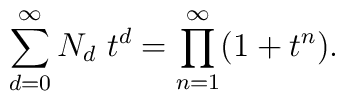
\sum_{d=0}^\infty N_d~t^d=\prod_{n=1}^\infty(1+t^n).